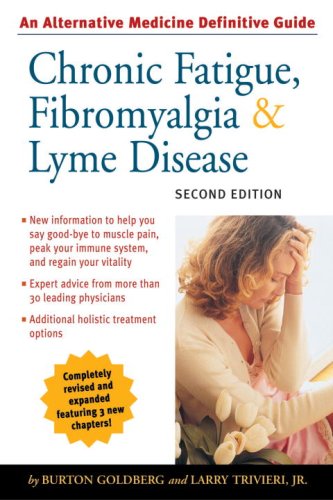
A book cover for Chronic Fatigue, Fibromyalgia, and Lyme Disease (Alternative Medicine Guides); Burton Goldberg; Health, Fitness & Dieting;